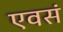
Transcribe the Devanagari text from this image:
एवसं